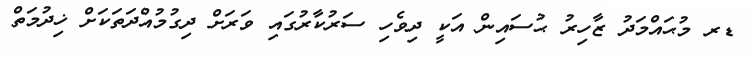
ޑރ މުޙައްމަދު ޒާހިރު ޙުސައިން އަކީ ދިވެހި ސަރުކާރުގައި ވަރަށް ދިގުމުއްދަތަކަށް ޚިދުމަތް